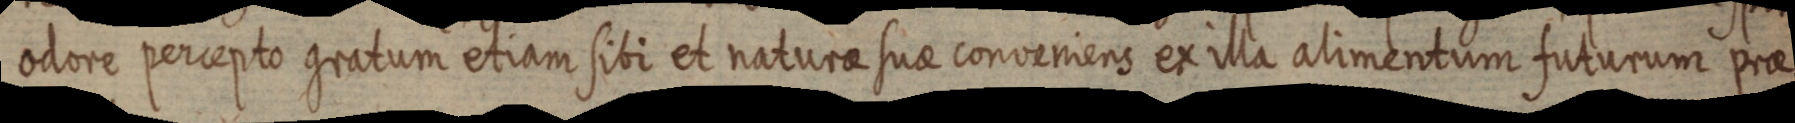
odore percepto gratum etiam sibi et naturae suae conveniens ex illa alimentum futurum prae